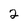
Character: 2